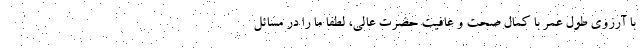
با آرزوی طول عمر با کمال صحت و عافیت حضرت عالی، لطفاً ما را در مسائل